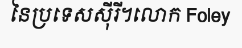
នៃប្រទេសស៊ីរី។លោក Foley